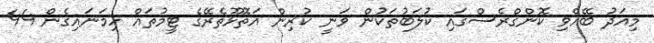
މިއަދު ބޭއްވި ކޮންގްރެސްގައި ކުލަބުތަކުން ވަނީ ކުރިން އަތޮޅޫތެރޭގެ ޓީމުތައް ހިމަނައިގެން 44